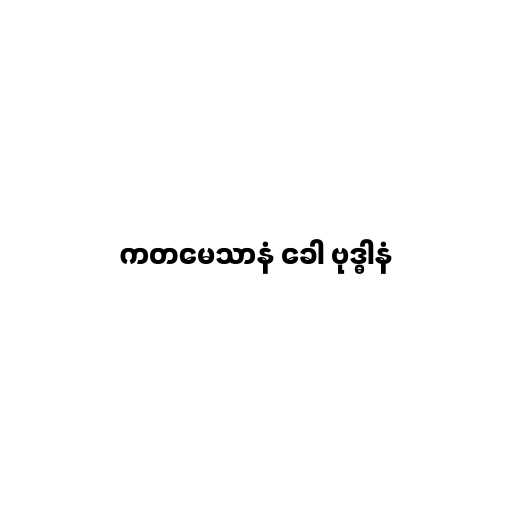
ကတမေသာနံ ခေါ ဗုဒ္ဓါနံ